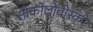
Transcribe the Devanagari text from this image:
सोकोलोवोस्को